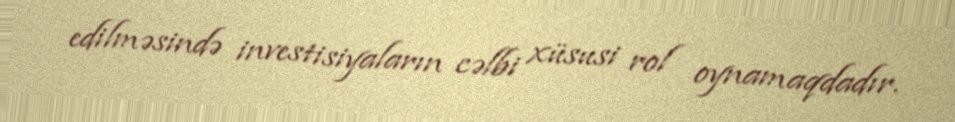
edilməsində investisiyaların cəlbi xüsusi rol oynamaqdadır.